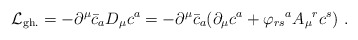
\begin{align*}{\cal{L}}_{{\rm gh.}} = -{\partial}^{\mu} {\bar{c}}_{a} D_{\mu} {c^{a}}= -{\partial}^{\mu} {\bar{c}}_{a} ({\partial}_{\mu} c^{a} + {\varphi_{rs}}^{a} {A_{\mu}}^{r}{c^{s}})~.\end{align*}